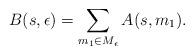
LaTeX: \begin{align*}B(s,\epsilon) = \sum_{m_1\in M_{\epsilon}}A(s,m_1). \end{align*}